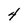
Character: 4